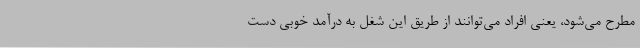
مطرح می‌شود، یعنی افراد می‌توانند از طریق این شغل به درآمد خوبی دست